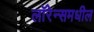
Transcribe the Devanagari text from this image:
लॉरेन्समधील